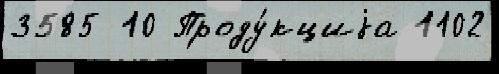
3585 10 Проду́кциjа 1102